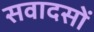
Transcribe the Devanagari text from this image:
सवादसों